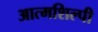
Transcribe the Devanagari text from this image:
आत्‍मशिल्‍पी